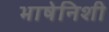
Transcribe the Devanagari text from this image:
भाषेनिशी